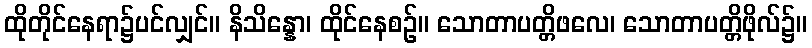
ထိုတိုင်နေရာ၌ပင်လျှင်။ နိသိန္နော၊ ထိုင်နေစဉ်။ သောတာပတ္တိဖလေ၊ သောတာပတ္တိဖိုလ်၌။